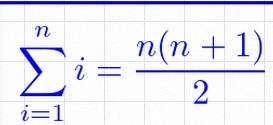
\sum_{i=1}^{n}i=\frac{n(n+1)}2